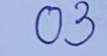
03